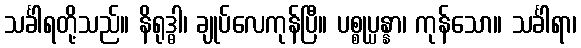
သင်္ခါရတို့သည်။ နိရုဒ္ဓါ၊ ချုပ်လေကုန်ပြီ။ ပစ္စုပ္ပန္နာ၊ ကုန်သော။ သင်္ခါရာ၊